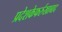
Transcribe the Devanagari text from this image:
प्रदेशकेफर्रुखाबाद